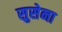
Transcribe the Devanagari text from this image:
सुसेना